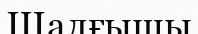
Шалғышы